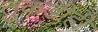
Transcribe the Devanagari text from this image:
तुकडीही